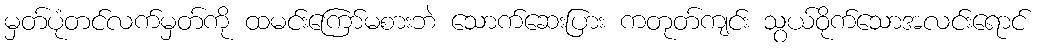
မှတ်ပုံတင်လက်မှတ်ကို ထမင်းကြော်မစားဘဲ သောက်ဆေးပြား ကတုတ်ကျင်း သွယ်ဝိုက်သောအလင်းရောင်